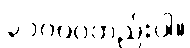
၃၁၀၀၀တည်းပါ။